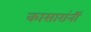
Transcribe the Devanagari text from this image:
कासारांनीं